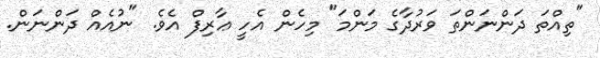
"ތިއްތަ ދަންނަންތަ ވަރުދާގެ މަންމަ" މިހެން އެހީ ޢާރިފް އެވެ. "ނުއެއް ދަންނަން.